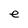
Character: e